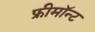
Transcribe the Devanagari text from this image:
फ्रीमॉन्‍ट